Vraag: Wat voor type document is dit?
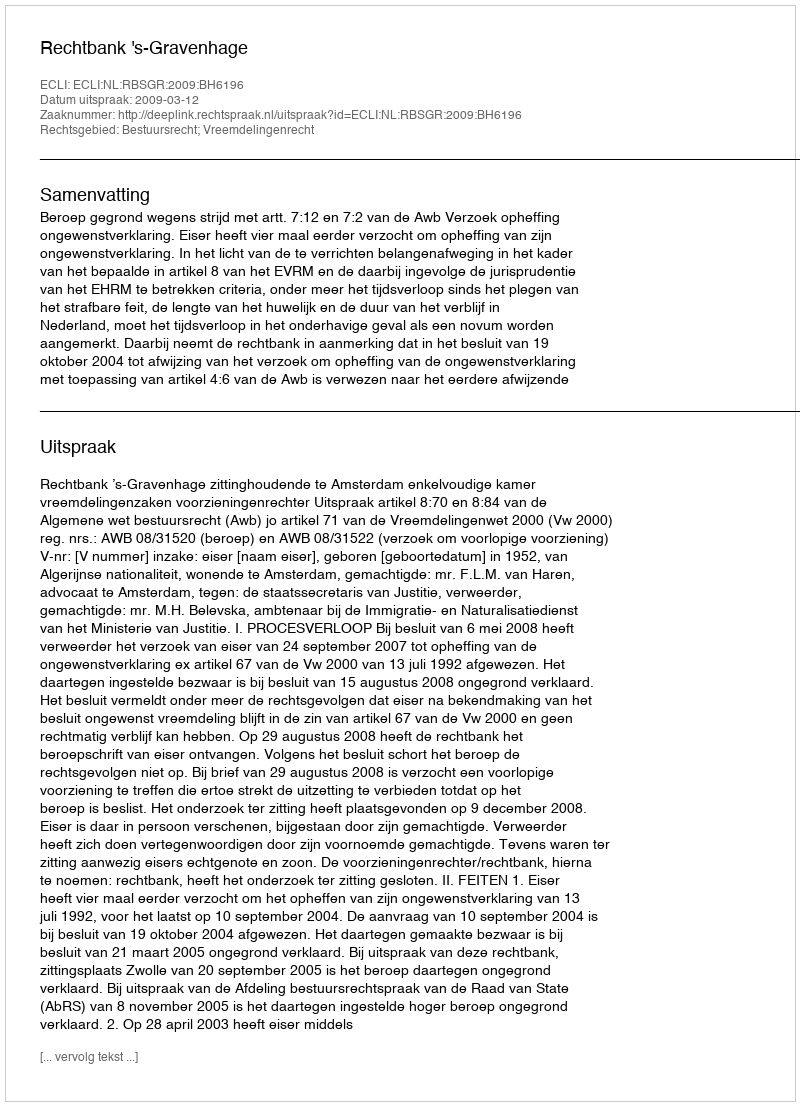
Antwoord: Uitspraak